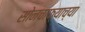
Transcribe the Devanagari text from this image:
सोनचाफ्याच्या